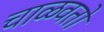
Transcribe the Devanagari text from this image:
चाळवतो